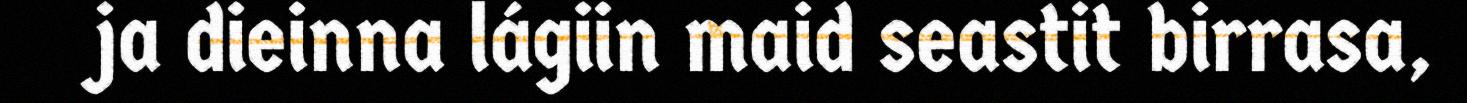
ja dieinna lágiin maid seastit birrasa,